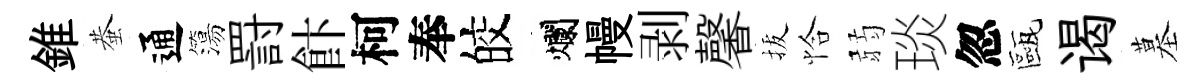
錐蛬通簜罸飰柯奉皎爛幔剥馨拔恰弱琰忽甌谒墓